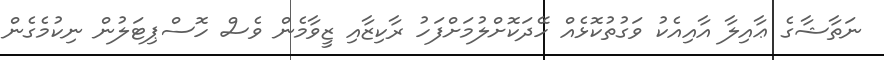
ނަތާޝާގެ ޢާއިލާ އާއިއެކު ވަގުތުކޮޅެއް ހޭދަކޮށްލުމަށްފަހު ރާކިޒާއި ޒީވާމެން ވެސް ހޮސްޕިޓަލުން ނިކުމެގެން